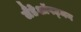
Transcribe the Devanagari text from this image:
लैंडेशॉपट्मन